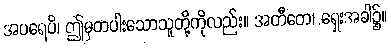
အပရေပိ၊ ဤမှတပါးသောသူတို့ကိုလည်း။ အတီတေ၊ ရှေးအခါ၌။